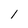
Character: 1